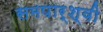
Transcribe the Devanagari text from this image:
समपार्श्वी